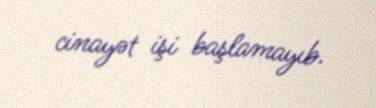
cinayət işi başlamayıb.